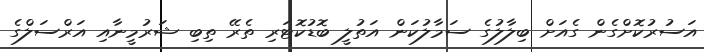
އަސުރުކޮށްގެން ގެއަށް ބިލާލުގެ ސަމާލުކަން އަތުލީ ބޮޑުކޮޓަރި ތެރޭ ތިބި ޝަރުމީނާއި އަރްސަލްގެ